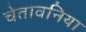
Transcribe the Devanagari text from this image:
चेतावनिया